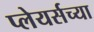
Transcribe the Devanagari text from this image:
प्लेयर्सच्या